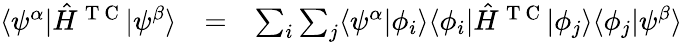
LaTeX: \begin{array}{ccl}{\langle\psi^{\alpha}|\hat{H}^{\mathrm{~T~C~}}|\psi^{\beta}\rangle}&{=}&{\sum_{i}\sum_{j}\langle\psi^{\alpha}|\phi_{i}\rangle\langle\phi_{i}|\hat{H}^{\mathrm{~T~C~}}|\phi_{j}\rangle\langle\phi_{j}|\psi^{\beta}\rangle}\end{array}